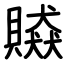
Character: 贆